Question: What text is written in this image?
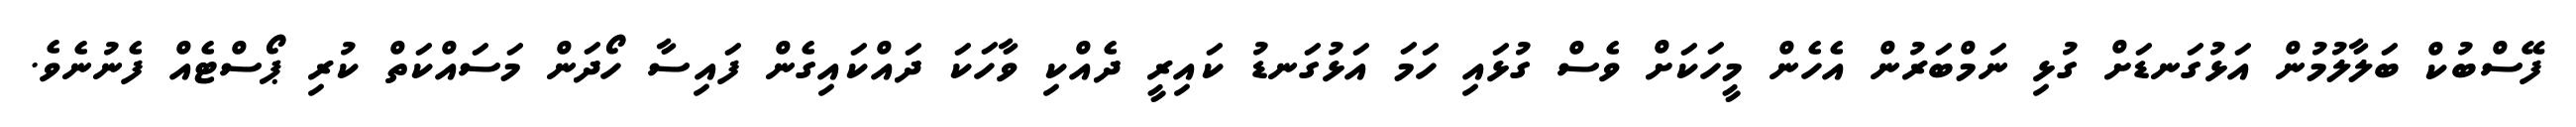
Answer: ފޭސްބުކް ބަލާލުމުން އަޅުގަނޑަށް ގުޅި ނަމްބަރުން އެހެން މީހަކަށް ވެސް ގުޅައި ހަމަ އަޅުގަނޑު ކައިރީ ދެއްކި ވާހަކަ ދައްކައިގެން ފައިސާ ހޯދަން މަސައްކަތް ކުރި ޕޯސްޓެއް ފެނުނެވެ.